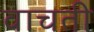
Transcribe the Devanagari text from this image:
वाचती